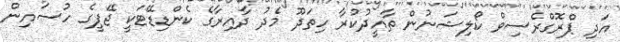
އަދި ޕްރޮގްރެސިވް ކޯލިޝަނުން ތާއީދުކުރާ ހިތަދޫ މެދު ދާއިރާގެ ކެންޑިޑޭޓަކީ ޖޭޕީގެ ހުސައިން